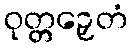
ဝုတ္တဉှေတံ